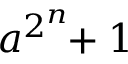
a ^ { 2 ^ { \overset { n } { } } } \! \! + 1